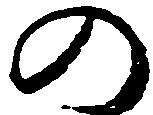
の